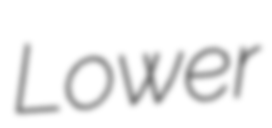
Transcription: Lower